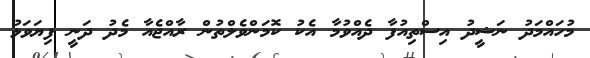
މުހައްމަދު ނަޝީދު އިސްތިއުފާ ދެއްވުމާ އެކު ކޮމަންވެލްތުން ރާއްޖެއާ މެދު ދަނީ ފިޔަވަޅު